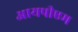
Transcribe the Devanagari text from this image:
आयपीएम